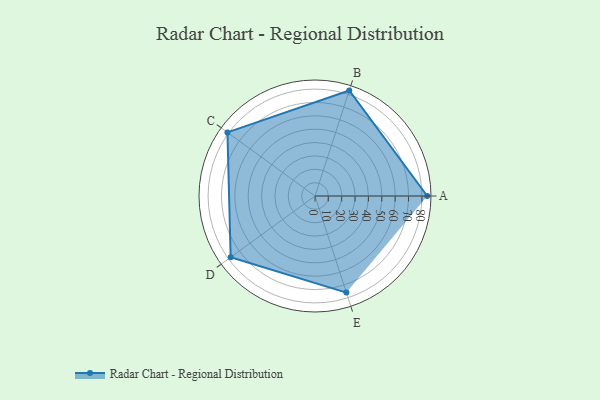
{"axis": {"x": "Skill", "y": "Score"}, "legend": ["Profile"], "data": [{"x": "A", "y": 84.0, "type": "Profile"}, {"x": "B", "y": 83.0, "type": "Profile"}, {"x": "C", "y": 81.0, "type": "Profile"}, {"x": "D", "y": 78.0, "type": "Profile"}, {"x": "E", "y": 76.0, "type": "Profile"}]}